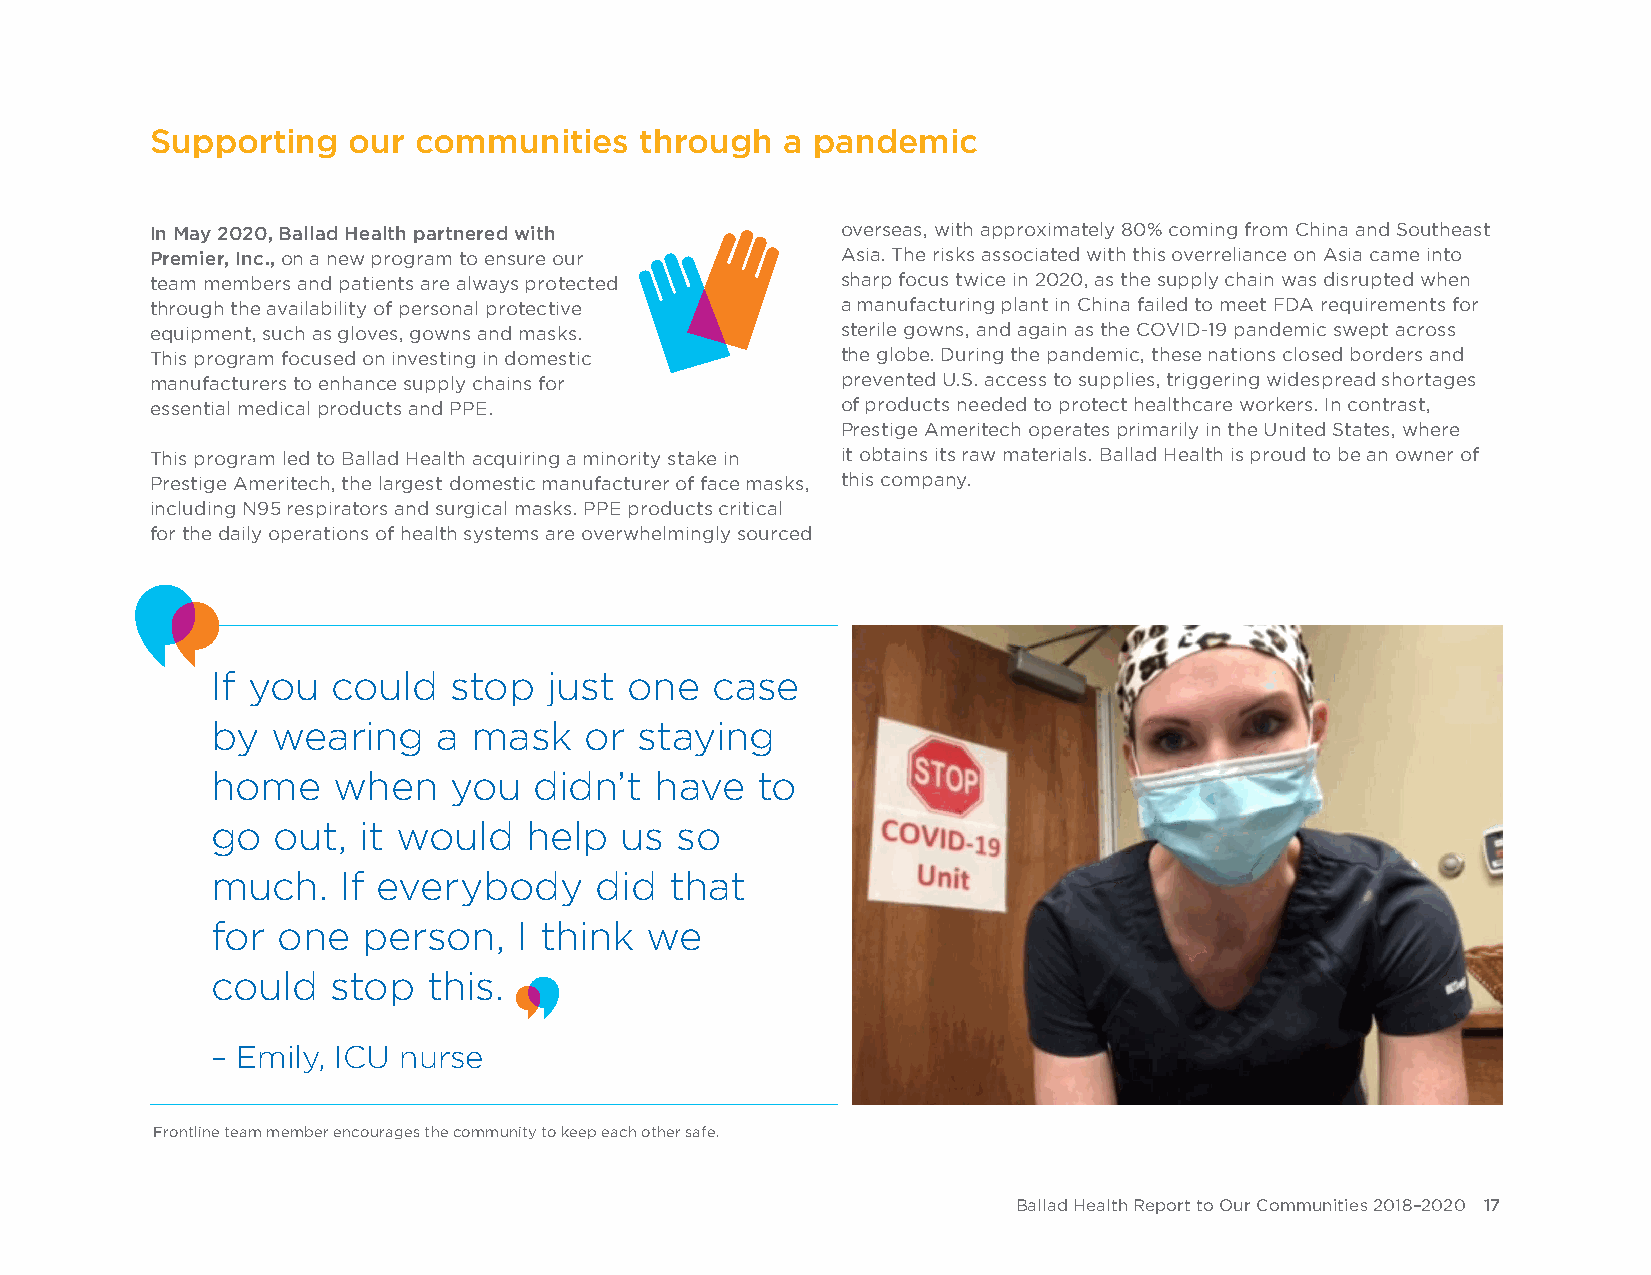
Supporting   our communities    through   a pandemic
 In May 2020, Ballad Health partnered with     overseas, with approximately 80% coming from China and Southeast
 Premier, Inc., on a new program to ensure our Asia. The risks associated with this overreliance on Asia came into
 team members and patients are always protected sharp focus twice in 2020, as the supply chain was disrupted when
 through the availability of personal protective a manufacturing plant in China failed to meet FDA requirements for
 equipment, such as gloves, gowns and masks.   sterile gowns, and again as the COVID-19 pandemic swept across
 This program focused on investing in domestic the globe. During the pandemic, these nations closed borders and
 manufacturers to enhance supply chains for    prevented U.S. access to supplies, triggering widespread shortages
 essential medical products and PPE.           of products needed to protect healthcare workers. In contrast,
 Prestige Ameritech operates primarily in the United States, where
 This program led to Ballad Health acquiring a minority stake in it obtains its raw materials. Ballad Health is proud to be an owner of
 Prestige Ameritech, the largest domestic manufacturer of face masks, this company.
 including N95 respirators and surgical masks. PPE products critical
 for the daily operations of health systems are overwhelmingly sourced
 If you  could   stop  just  one  case
 by  wearing    a mask    or staying
 home    when    you  didn’t  have   to
 go  out,  it would   help  us  so
 much.    If everybody    did  that
 for one   person,   I think  we
 could   stop  this.
 – Emily, ICU nurse
 Frontline team member encourages the community to keep each other safe.
 Ballad Health Report to Our Communities 2018–2020 17